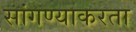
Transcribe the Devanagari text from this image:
सांगण्याकरता